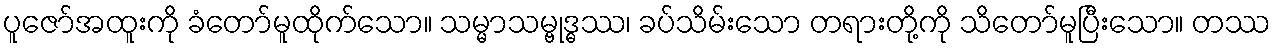
ပူဇော်အထူးကို ခံတော်မူထိုက်သော။ သမ္မာသမ္ဗုဒ္ဓဿ၊ ခပ်သိမ်းသော တရားတို့ကို သိတော်မူပြီးသော။ တဿ